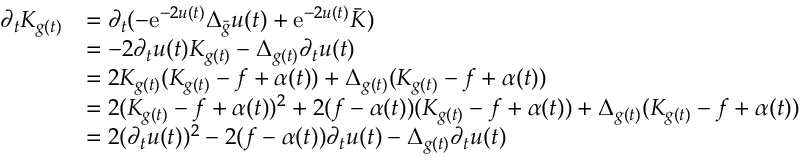
\begin{array} { r l } { \partial _ { t } K _ { g ( t ) } } & { = \partial _ { t } ( - \mathrm { e } ^ { - 2 u ( t ) } \Delta _ { \bar { g } } u ( t ) + \mathrm { e } ^ { - 2 u ( t ) } \bar { K } ) } \\ & { = - 2 \partial _ { t } u ( t ) K _ { g ( t ) } - \Delta _ { g ( t ) } \partial _ { t } u ( t ) } \\ & { = 2 K _ { g ( t ) } ( K _ { g ( t ) } - f + \alpha ( t ) ) + \Delta _ { g ( t ) } ( K _ { g ( t ) } - f + \alpha ( t ) ) } \\ & { = 2 ( K _ { g ( t ) } - f + \alpha ( t ) ) ^ { 2 } + 2 ( f - \alpha ( t ) ) ( K _ { g ( t ) } - f + \alpha ( t ) ) + \Delta _ { g ( t ) } ( K _ { g ( t ) } - f + \alpha ( t ) ) } \\ & { = 2 ( \partial _ { t } u ( t ) ) ^ { 2 } - 2 ( f - \alpha ( t ) ) \partial _ { t } u ( t ) - \Delta _ { g ( t ) } \partial _ { t } u ( t ) } \end{array}